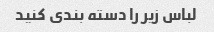
لباس زیر را دسته بندی کنید